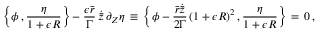
\Bigl \{ \phi \, , \frac { \eta } { 1 + \epsilon R } \Bigr \} - \frac { \epsilon \bar { r } } { \Gamma } \, \dot { \bar { z } } \, \partial _ { Z } \eta \, \equiv \, \Bigl \{ \phi - \frac { \bar { r } \dot { \bar { z } } } { 2 \Gamma } \, ( 1 + \epsilon R ) ^ { 2 } \, , \frac { \eta } { 1 + \epsilon R } \Bigr \} \, = \, 0 \, ,